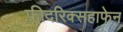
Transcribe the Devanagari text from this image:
फ्रीदरिक्सहाफेन